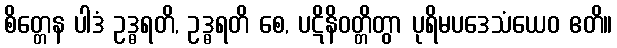
စိတ္တေန ပါဒံ ဥဒ္ဓရတိ, ဥဒ္ဓရတိ စေ, ပဋိနိဝတ္တိတွာ ပုရိမပဒေသံယေဝ ဧတိ။